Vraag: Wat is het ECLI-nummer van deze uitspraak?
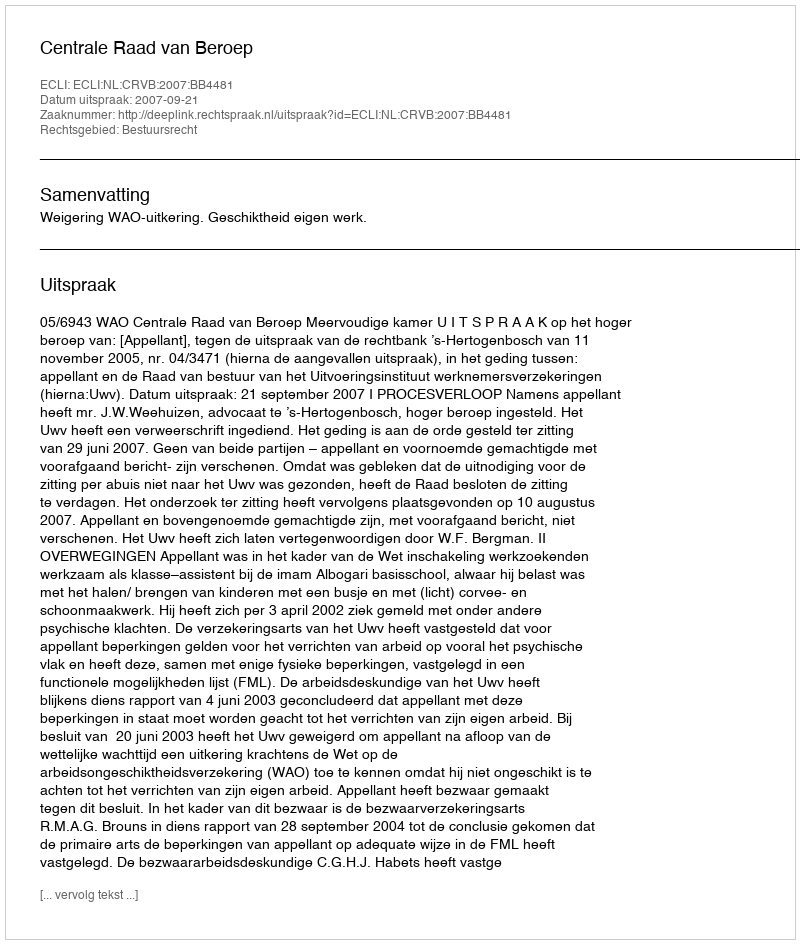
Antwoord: ECLI:NL:CRVB:2007:BB4481